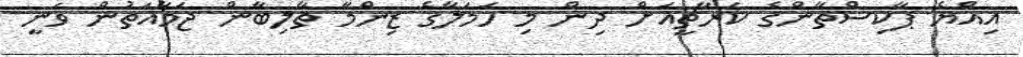
އިއްޔެ ޕާކިސްތާންގެ ކަރާޗީއަށް ދިން މި ހަމަލާގެ ޒިންމާ ތާލިބާން ޖަމާއަތުން ވަނީ